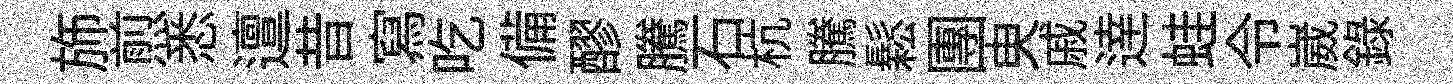
斾煎悉邅昔寫吃備醪騰石杭騰鬆團㬰戚逹蛙令崴録